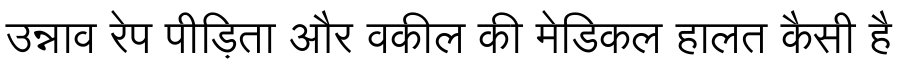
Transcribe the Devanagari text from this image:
उन्नाव रेप पीड़िता और वकील की मेडिकल हालत कैसी है